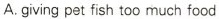
A.giving pet fish too much food